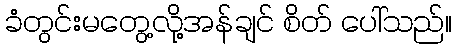
ခံတွင်းမတွေ့လို့အန်ချင် စိတ် ပေါ်သည်။